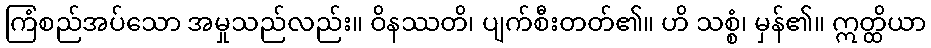
ကြံစည်အပ်သော အမှုသည်လည်း။ ဝိနဿတိ၊ ပျက်စီးတတ်၏။ ဟိ သစ္စံ၊ မှန်၏။ ဣတ္ထိယာ